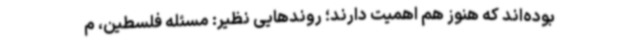
بوده‌اند که هنوز هم اهمیت دارند؛‌ روندهایی نظیر: مسئله فلسطین‌، م